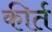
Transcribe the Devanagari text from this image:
कीर्त